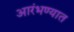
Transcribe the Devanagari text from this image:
आरंभण्यात